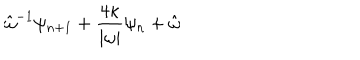
LaTeX: \hat { \omega } ^ { - 1 } \psi _ { n + 1 } + \frac { 4 \kappa } { | \omega | } \psi _ { n } + \hat { \omega }